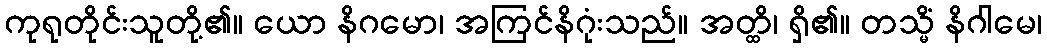
ကုရုတိုင်းသူတို့၏။ ယော နိဂမော၊ အကြင်နိဂုံးသည်။ အတ္ထိ၊ ရှိ၏။ တသ္မိံ နိဂါမေ၊